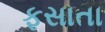
ફસાતા